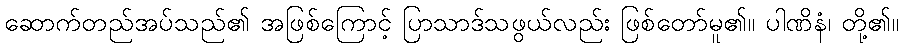
ဆောက်တည်အပ်သည်၏ အဖြစ်ကြောင့် ပြာသာဒ်သဖွယ်လည်း ဖြစ်တော်မူ၏။ ပါဏိနံ၊ တို့၏။